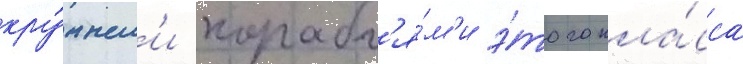
кру́пным'и корабл'я́м'и э́того кла́сса